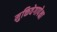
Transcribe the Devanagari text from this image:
मुक्तिवेगापेक्षा